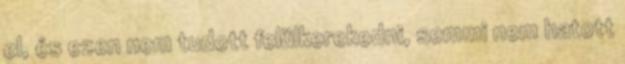
el, és ezen nem tudott felülkerekedni, semmi nem hatott